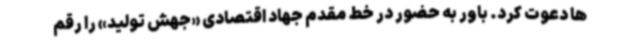
ها دعوت کرد. باور به حضور در خط مقدم جهاد اقتصادی «جهش تولید» را رقم